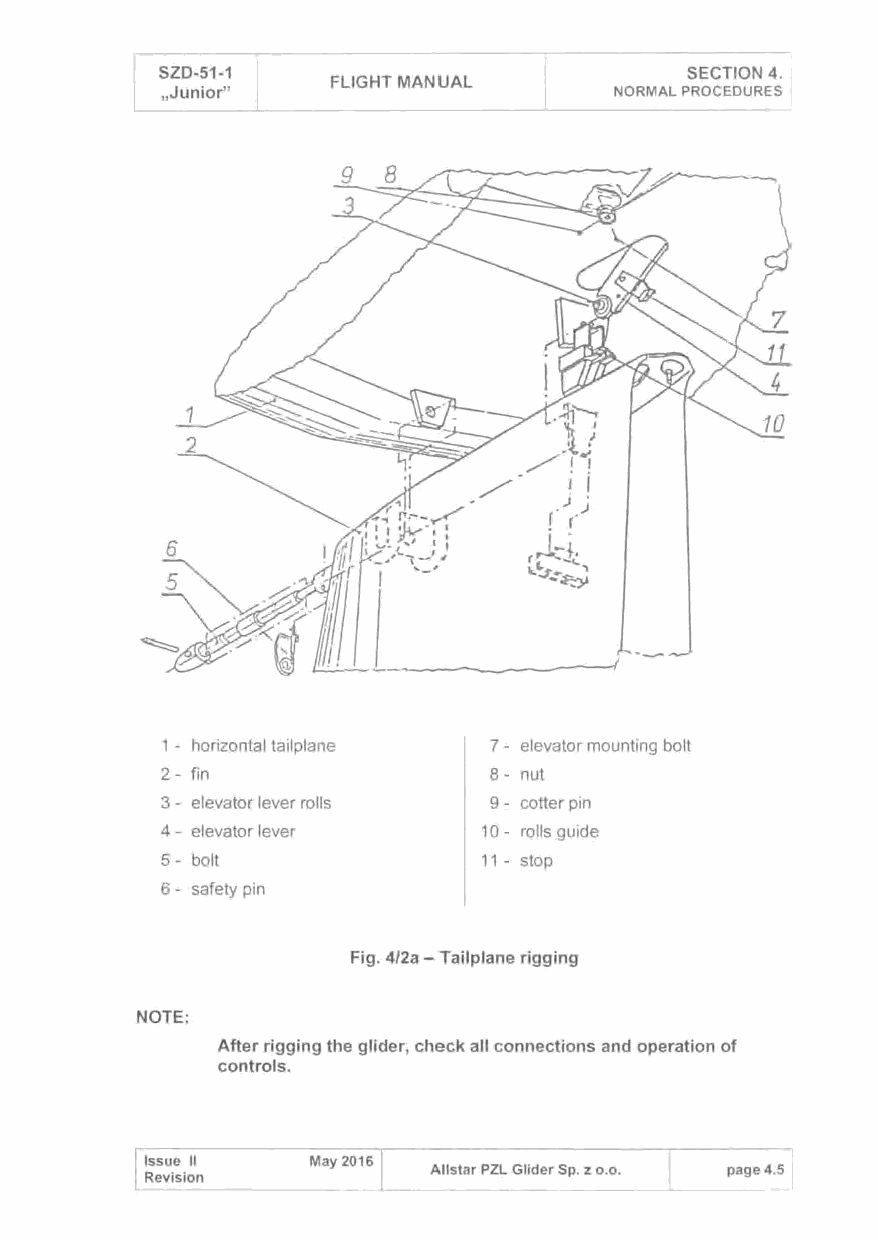
SZD-51-1                           SECTION 4.
 FLIGHT MANUAL
 ,Junior"                      NORMAL PROCEDURES
 1 - horizontal tailplane 7- elevator mounting bolt
 2- fin                8- nut
 3- elevator lever rolls 9- cotter pin
 4- elevator lever    10- rolls guide
 5- bolt              11 - stop
 6- safety pin
 Fig. 4/2a -Tailplane rigging
 NOTE:
 After rigging the glider, check all connections and operation of
 controls.
 Issue 11   May 2016
 All star PZL Glider Sp. z o.o. page 4.5
 Revision